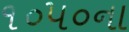
૧૦૫૦ના